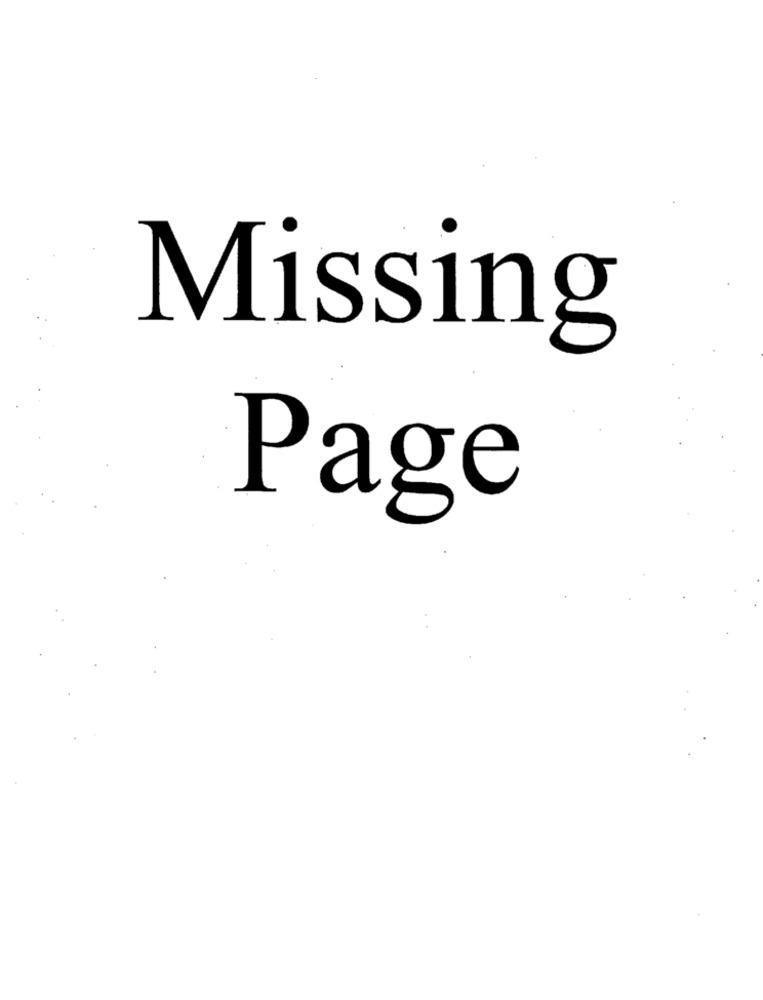
Missing
Page